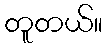
တူတယ်။